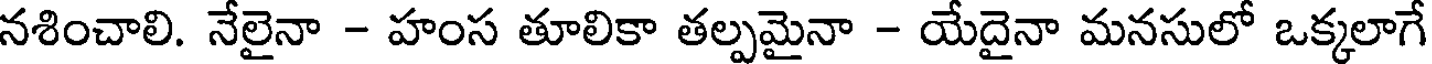
నశించాలి. నేలైనా - హంస తూలికా తల్పమైనా - యేదైనా మనసులో ఒక్కలాగే